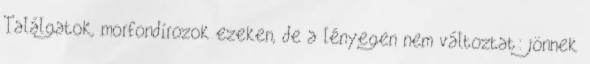
Találgatok, morfondírozok ezeken, de a lényegen nem változtat: jönnek